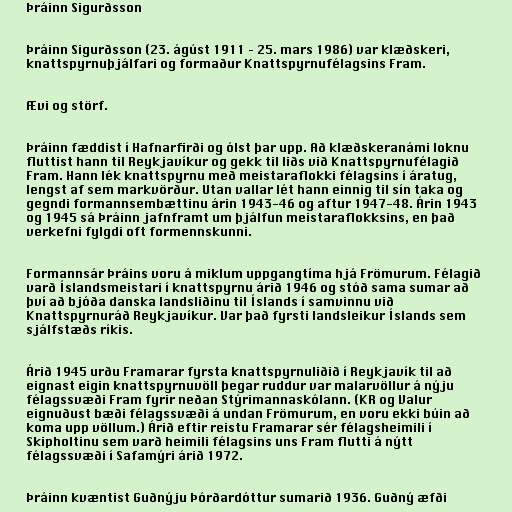
Þráinn Sigurðsson

Þráinn Sigurðsson (23. ágúst 1911 – 25. mars 1986) var klæðskeri,
knattspyrnuþjálfari og formaður Knattspyrnufélagsins Fram.

Ævi og störf.

Þráinn fæddist í Hafnarfirði og ólst þar upp. Að klæðskeranámi loknu
fluttist hann til Reykjavíkur og gekk til liðs við Knattspyrnufélagið
Fram. Hann lék knattspyrnu með meistaraflokki félagsins í áratug,
lengst af sem markvörður. Utan vallar lét hann einnig til sín taka og
gegndi formannsembættinu árin 1943-46 og aftur 1947-48. Árin 1943
og 1945 sá Þráinn jafnframt um þjálfun meistaraflokksins, en það
verkefni fylgdi oft formennskunni.

Formannsár Þráins voru á miklum uppgangtíma hjá Frömurum. Félagið
varð Íslandsmeistari í knattspyrnu árið 1946 og stóð sama sumar að
því að bjóða danska landsliðinu til Íslands í samvinnu við
Knattspyrnuráð Reykjavíkur. Var það fyrsti landsleikur Íslands sem
sjálfstæðs ríkis.

Árið 1945 urðu Framarar fyrsta knattspyrnuliðið í Reykjavík til að
eignast eigin knattspyrnuvöll þegar ruddur var malarvöllur á nýju
félagssvæði Fram fyrir neðan Stýrimannaskólann. (KR og Valur
eignuðust bæði félagssvæði á undan Frömurum, en voru ekki búin að
koma upp völlum.) Árið eftir reistu Framarar sér félagsheimili í
Skipholtinu sem varð heimili félagsins uns Fram flutti á nýtt
félagssvæði í Safamýri árið 1972.

Þráinn kvæntist Guðnýju Þórðardóttur sumarið 1936. Guðný æfði